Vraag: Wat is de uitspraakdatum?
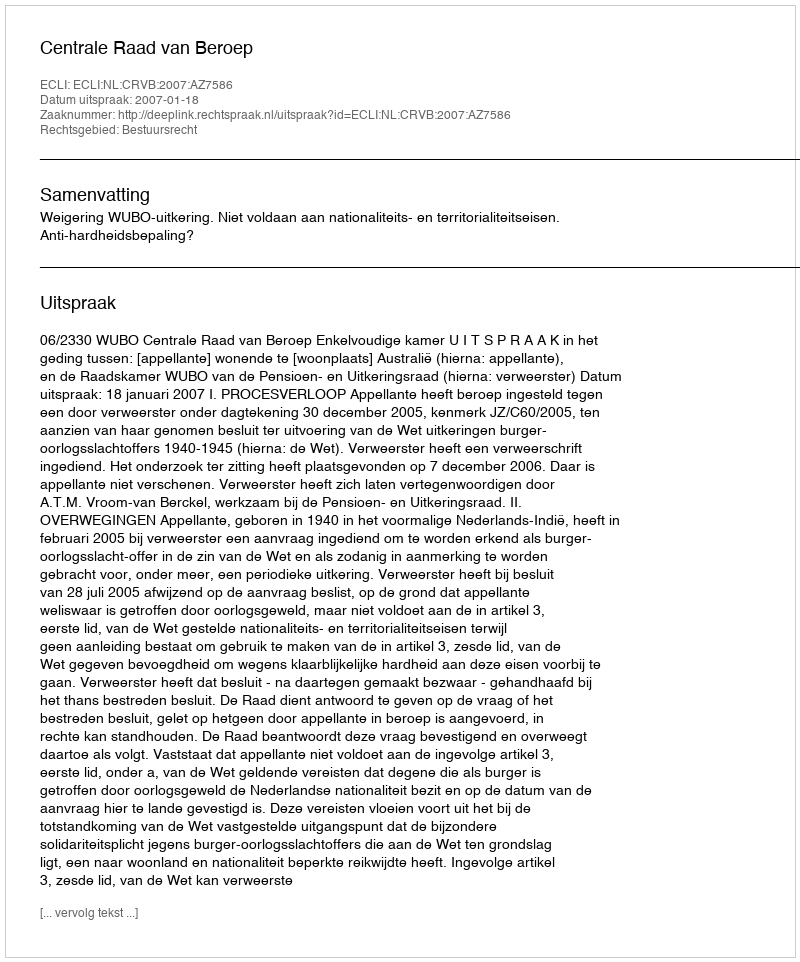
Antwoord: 2007-01-18